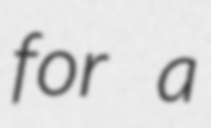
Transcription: for a